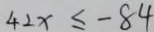
4 2 x \leq - 8 4